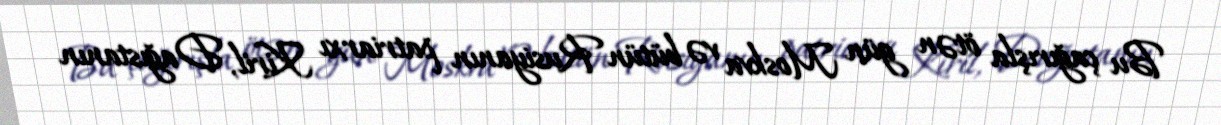
Bu çağırışla ötən gün Moskva və bütün Rusiyanın patriarxı Kiril, Dağıstanın